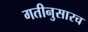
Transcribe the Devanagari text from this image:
गतीनुसारच